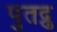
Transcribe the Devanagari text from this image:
पुतद्रु